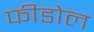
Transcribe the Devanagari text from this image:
फीडोल